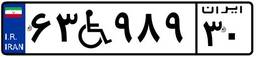
۶۳W۹۸۹۳۰